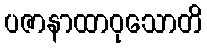
ပဇာနာထာဝုသောတိ